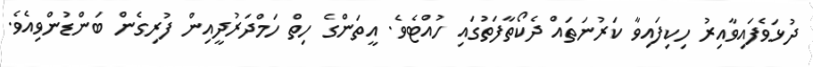
ދުޅަވެފައިވާއިރު ހިކިފައިވާ ކަރުނަތައް ދެކޯތާފަތުގައި ހުއްޓެވެ. އީތަންގެ ހިތް ހަމްދަރުދީއިން ފުރިގެން ބަންޑުންވިއެވެ.